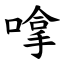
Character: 嗱